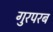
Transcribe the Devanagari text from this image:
गुरपरब